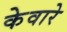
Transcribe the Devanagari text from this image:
केवारे